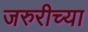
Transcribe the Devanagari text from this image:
जरुरीच्या